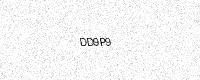
Text: DD9P9